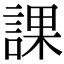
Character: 課